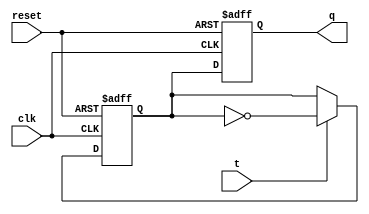
module master_slave_TFF (
    input wire clk, // clock input
    input wire reset, // reset input
    input wire t, // toggle input
    output reg q // output
);
reg master_ff, slave_ff; // master and slave flip-flops

always @(posedge clk or posedge reset) begin
    if (reset) begin
        master_ff <= 1'b0;
        slave_ff <= 1'b0;
    end else begin
        if (t) begin
            master_ff <= ~master_ff; // toggle master flip-flop
        end
        slave_ff <= master_ff; // slave flip-flop copies master flip-flop output
    end
end

assign q = slave_ff; // output connected to slave flip-flop

endmodule